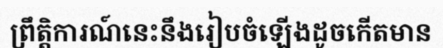
ព្រឹត្តិការណ៍នេះនឹងរៀបចំឡើងដូចកើតមាន